Bréfritari: Sigríður Pálsdóttir
Viðtakandi: Páll Pálsson
Dagsetning: A-1869-08-04
Skrifað á: Breiðabólsstað  Rang.
Páll var bróðir Sigríðar

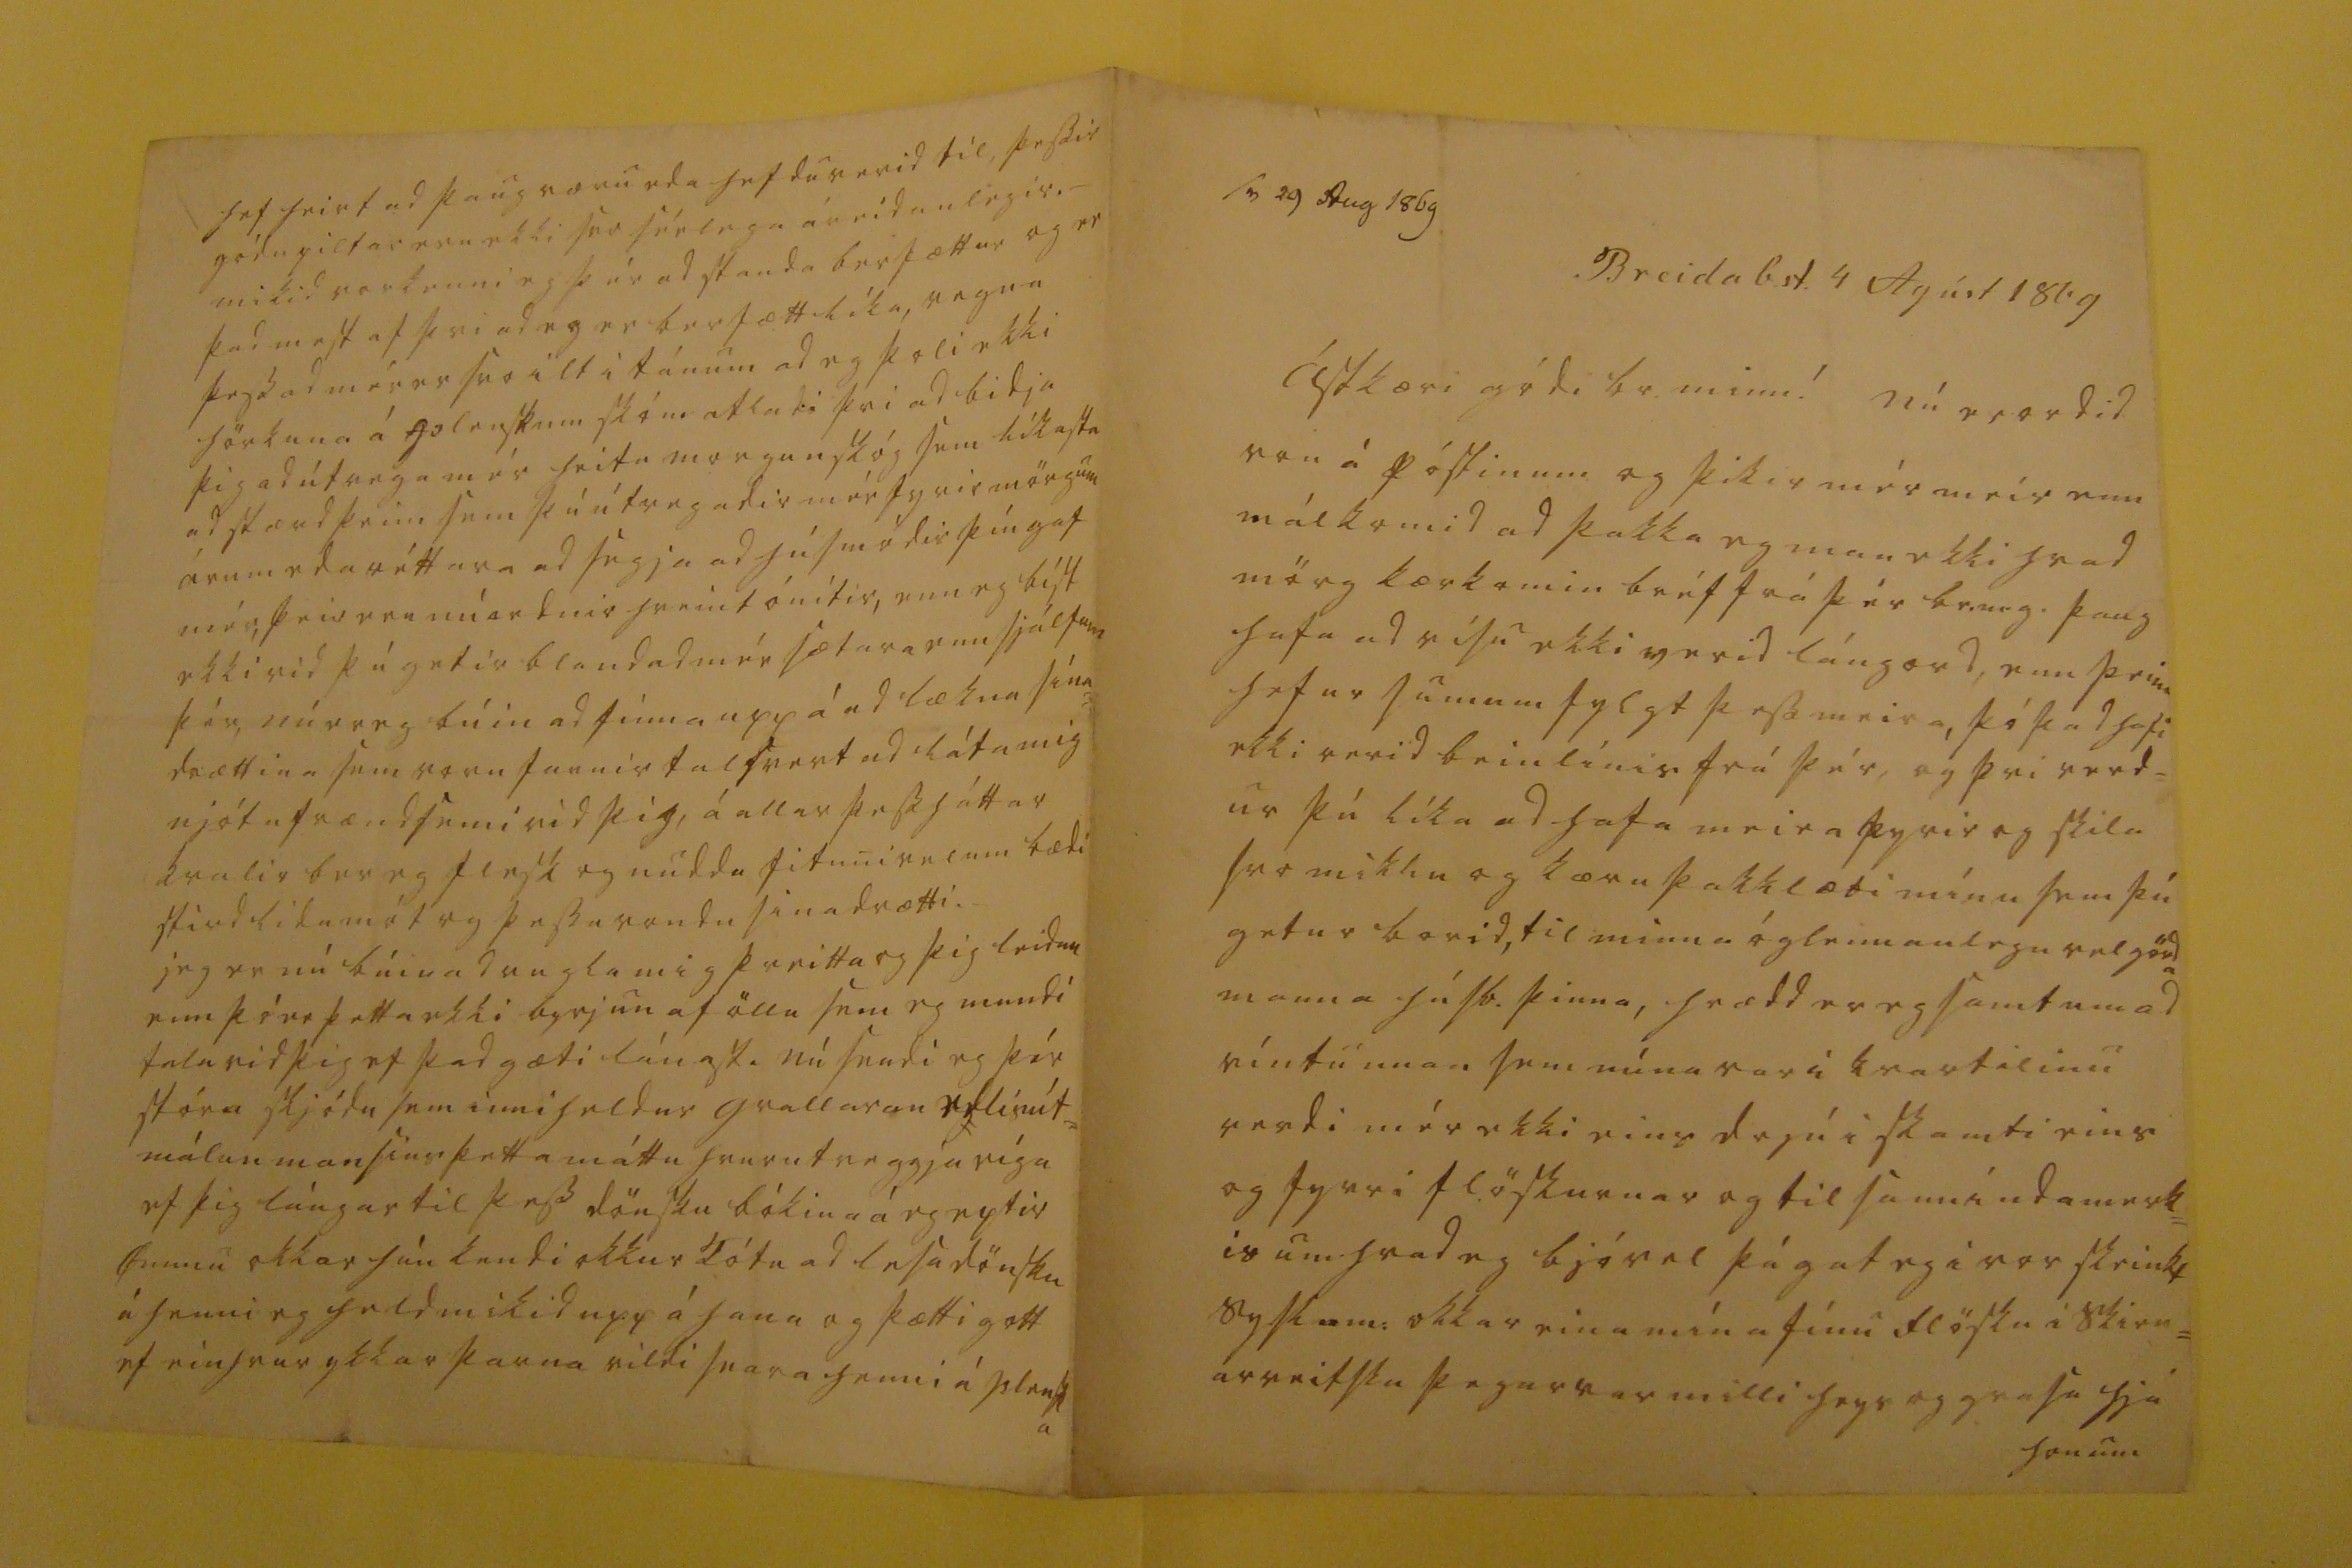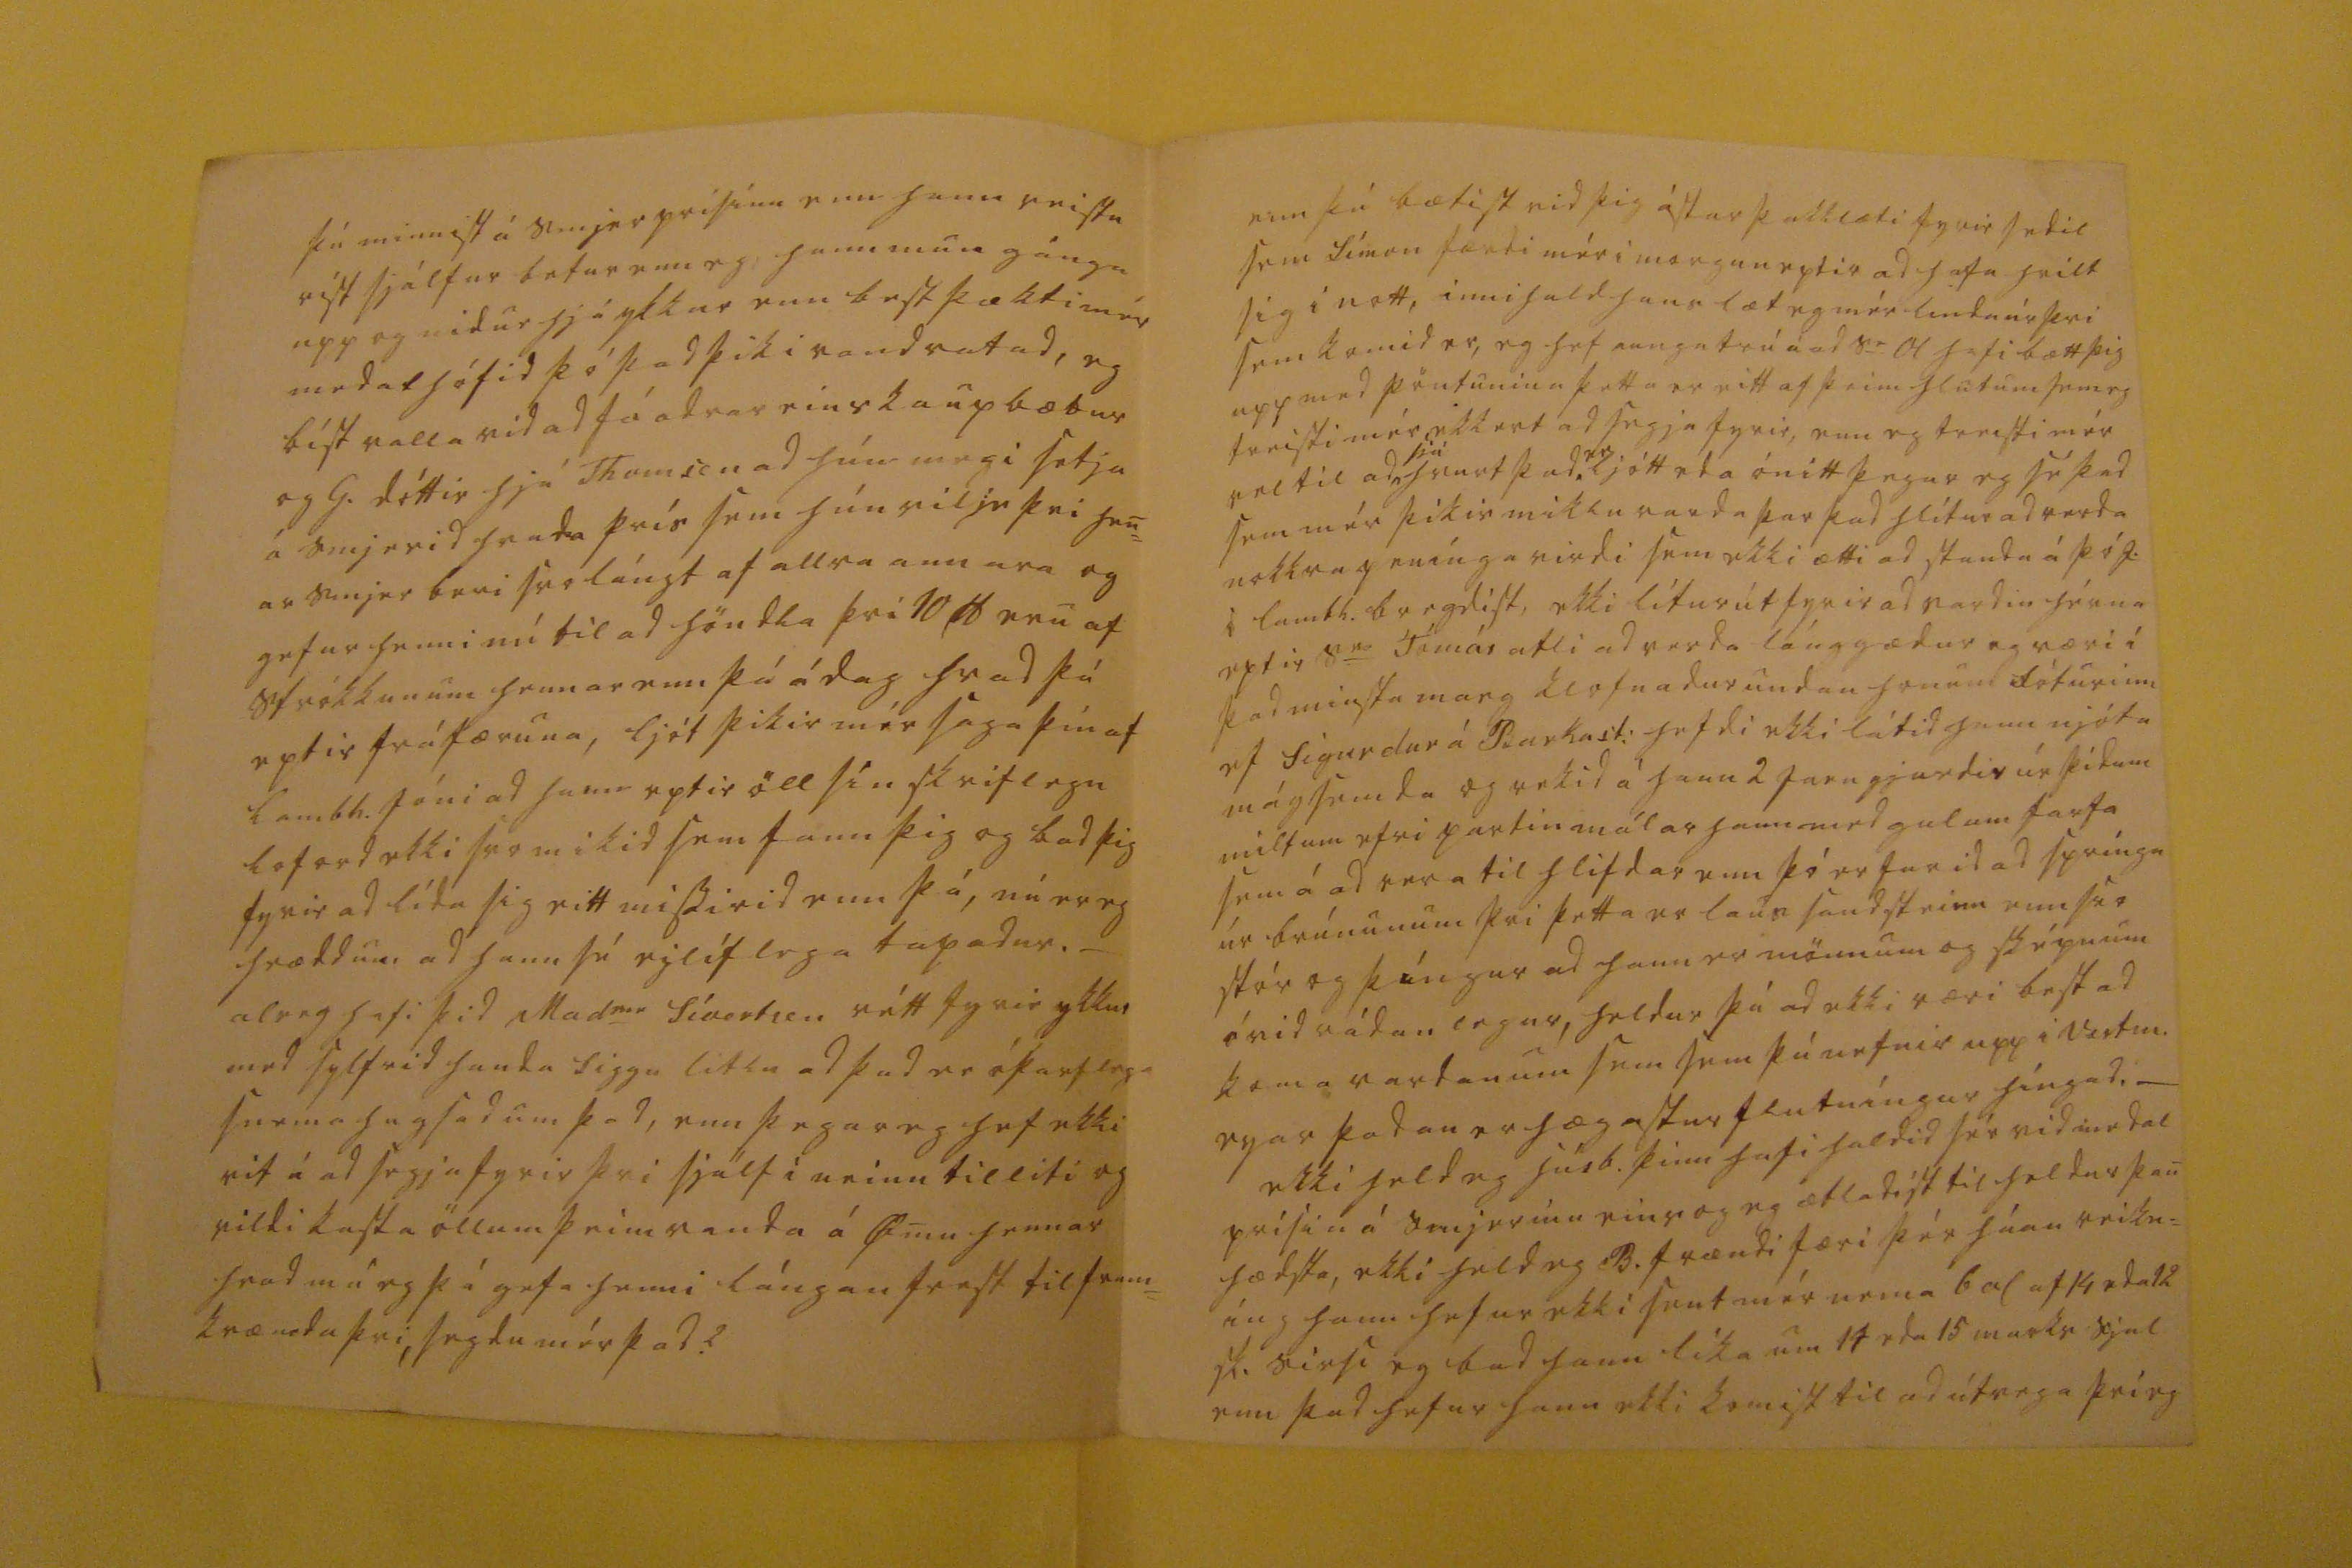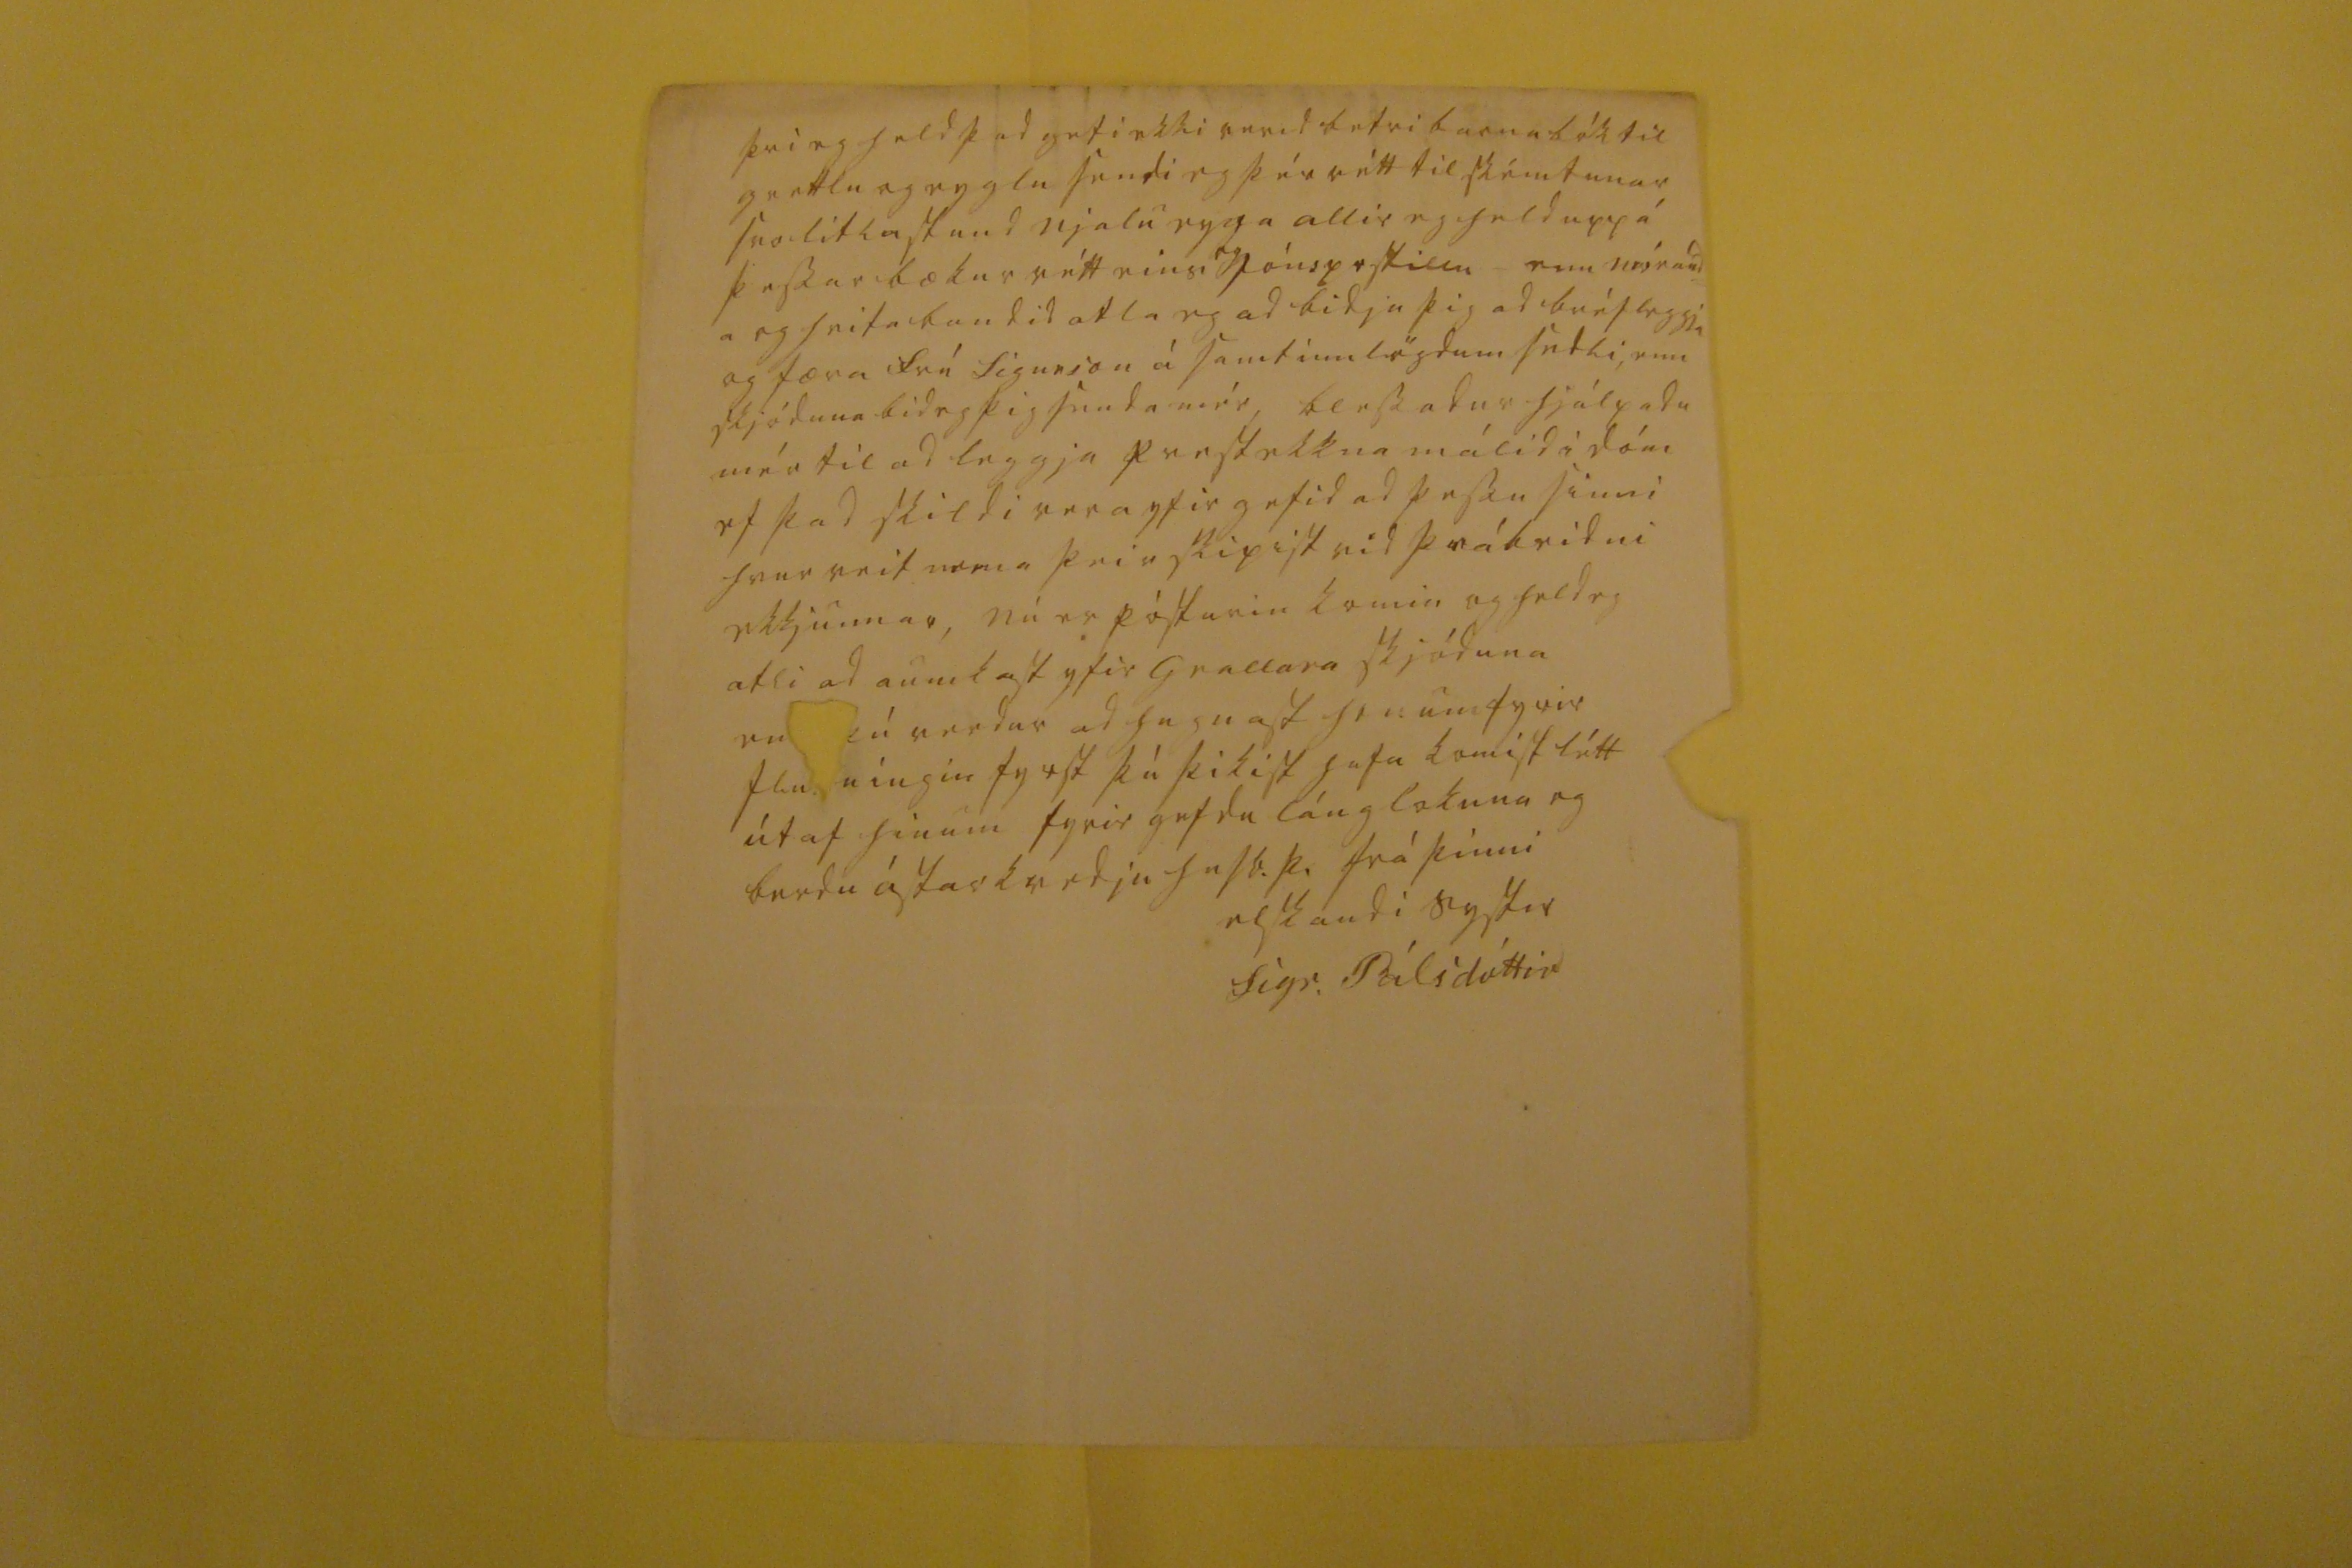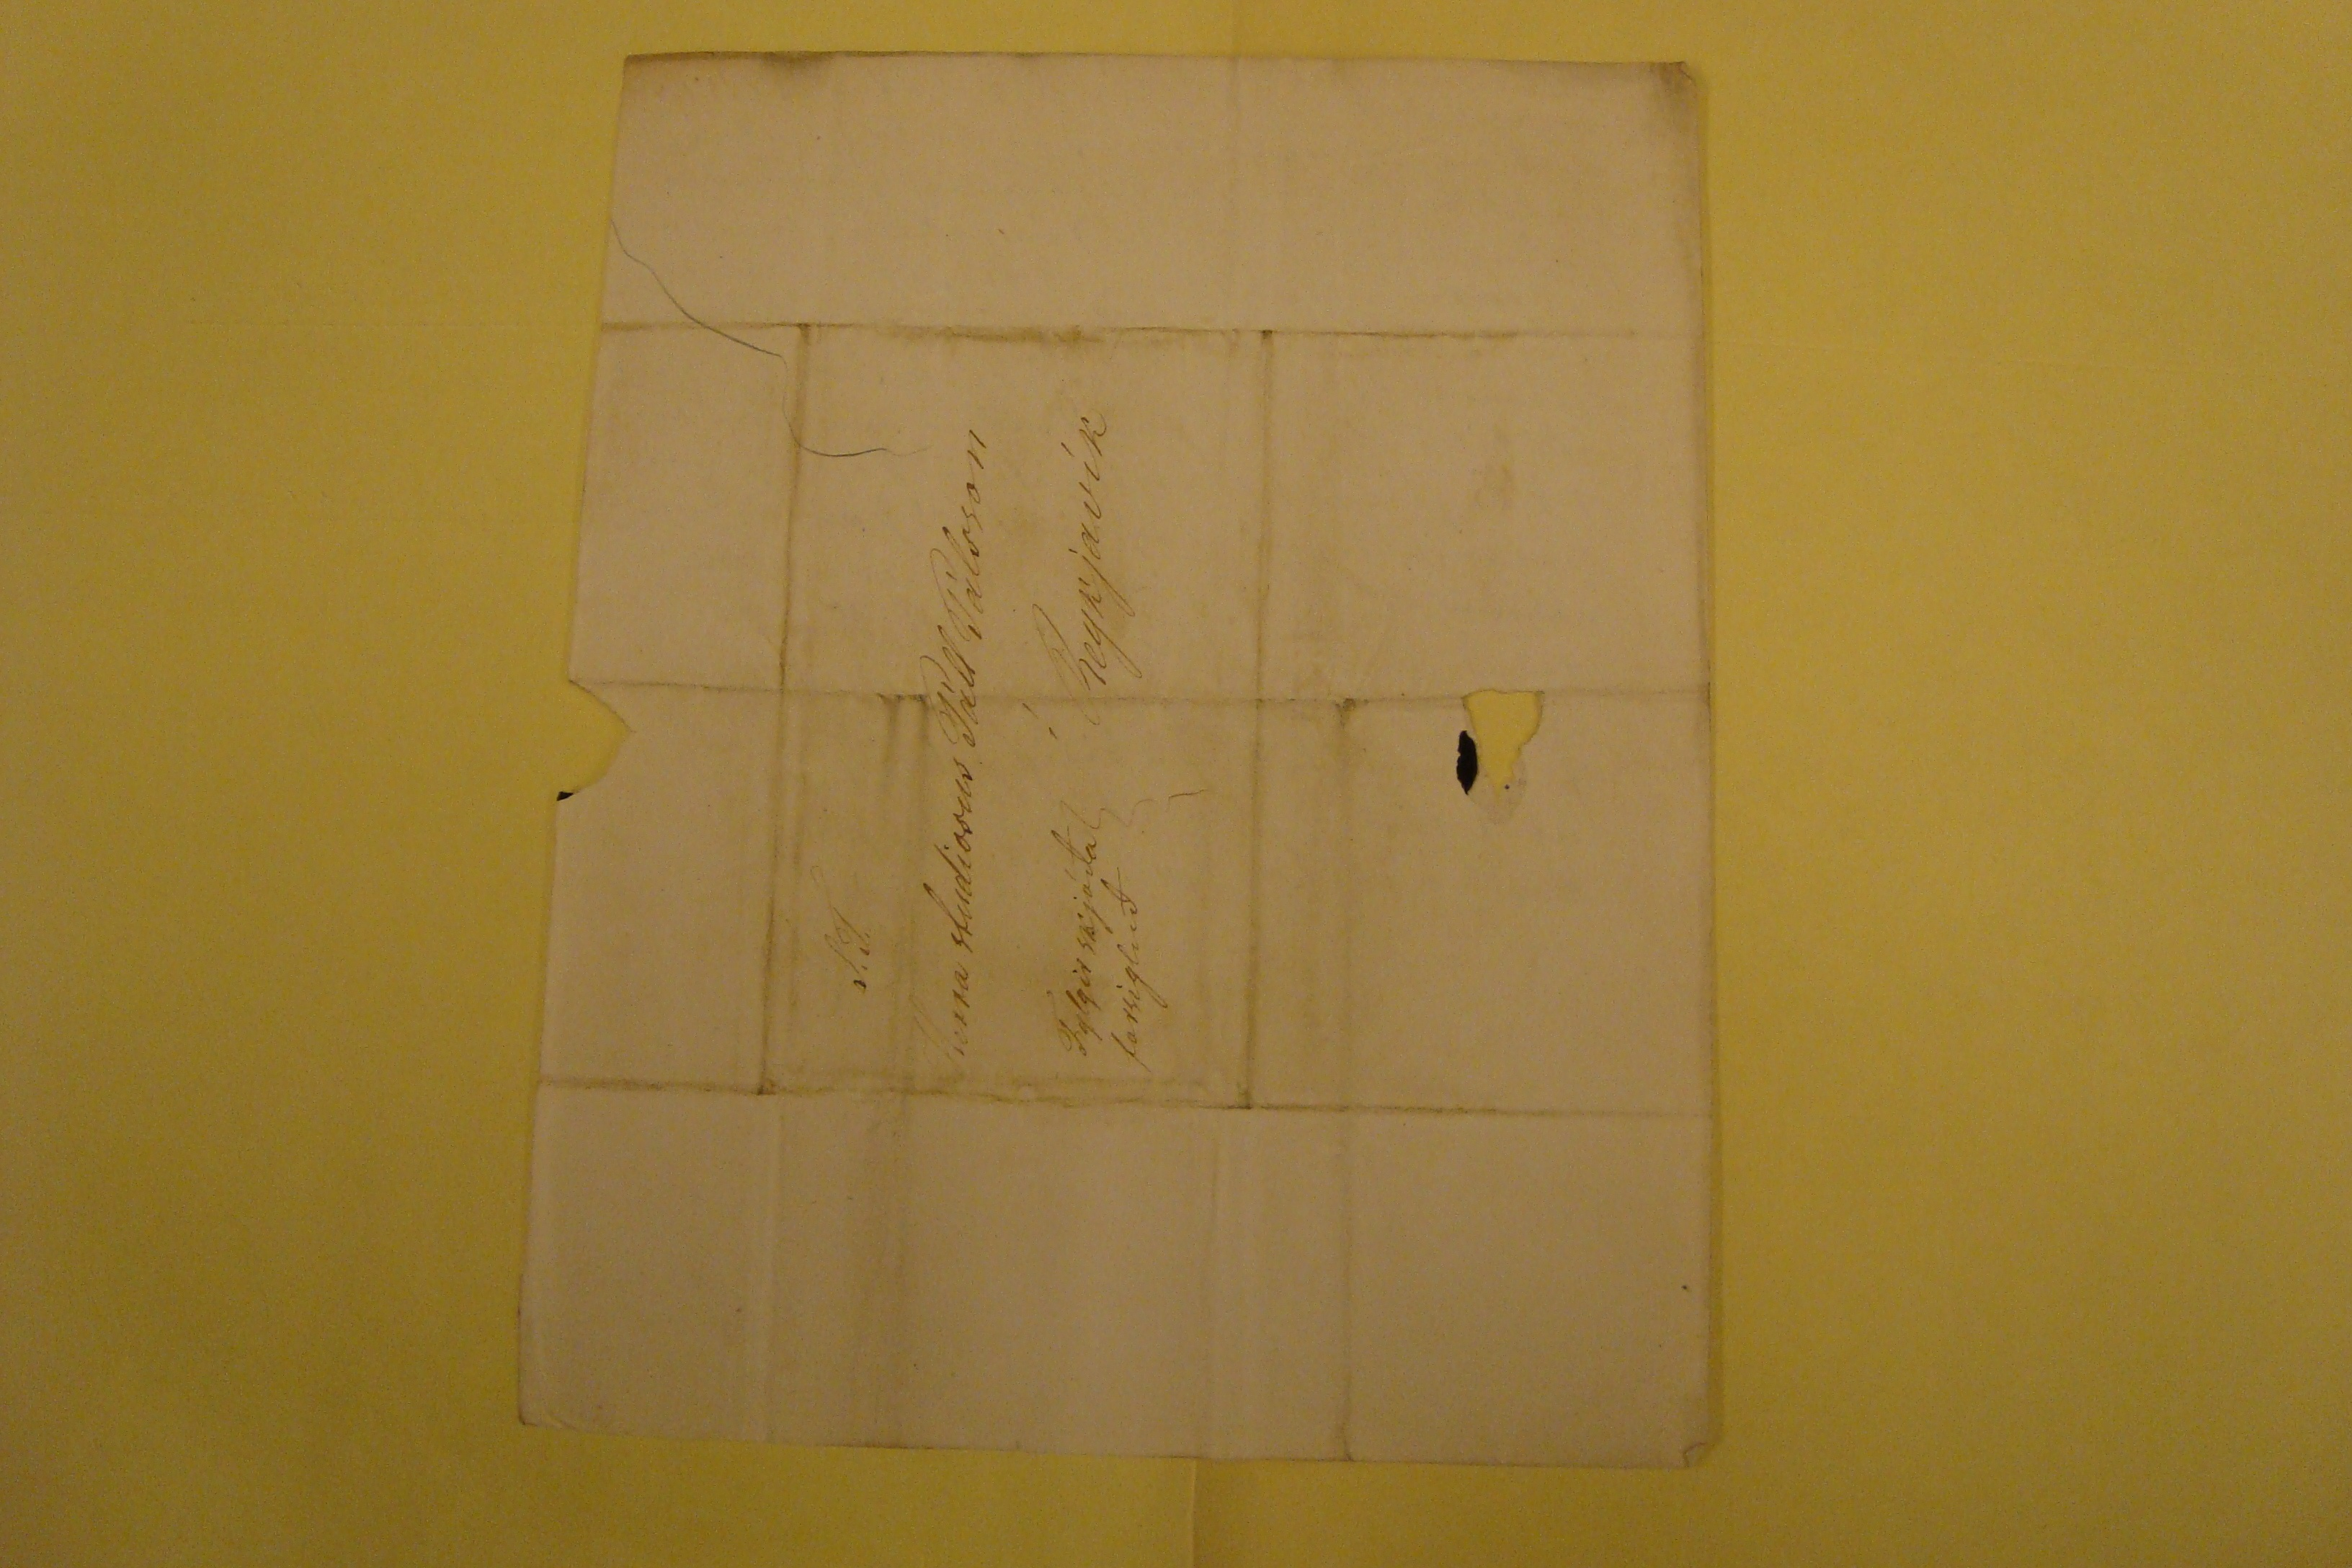

sv 29 Aug 1869
Breidab.st 4 Agúst 1869
ástkæri gódi br. minn!
Nú er ordid von á póstinum og þikir mér meir enn mál komid ad þakka eg man ekki hvad mörg kærkomin bréf frá þér br.m.g. þaug hafa ad vísu ekki verid lángord, enn þeim hefur sumum fylgt þess meira, þó þad hafi ekki verid beinlínis frá þér, og þvi verd= ur þú líka ad hafa meira fyrir og skila svo miklu og kæru þakklæti mínu sem þú getur borid, til minna ógleimanlegu velgörda manna húsb. þinna, hrædd er eg samt um ad víntunnan sem núna var i kvartilinu verdi mér ekki eins drjú i skamti eins og fyrr i flöskurnar og til sannindamerk= is um hvad eg bjó vel þág af eg i vor sleinkt syslum: okkar eina mína fínu flösku i
skien=
ar veitslu þegar var milli heys og grufu hjá honum
þú minnist á smjerprisinn enn hann veistu víst sjálfur betur enn eg hann mun gánga upp og nidur hjá ykkur enn best þækti mér medalhófid þó þad þikir vandratad, eg bíst valla vid ad fá adrar eins kaupbætur og G. dóttir hjá Thomsen ad hún megi setja á smjerid hvada prís sem hún vilje þvi hen= ar smjer beri svo lángt af allra annara og gefur henni nú til ad höndla þvi 10 lb eru af strókkunum hennar enn þá á dag hvad þá eptir fráfæruna, ljót þikir mér saga þín af lambh. Jóni ad hann eptir öll sín skriflegu loford ekki svo mikid sem fann þig og bad þig fyrir ad lída sig eitt missirid enn þá, nú er eg hrædd um ad hann sé elíflega tapadur. _ alveg hafi þid Mad
me
Sívertsen rétt fyrir ykkur med sylfrid handa Siggu litlu ad þad er óþarflega snema hugsad um þad, enn þegar eg hef ekki vit á ad segja fyrir þvi sjálf i neinu tilliti og vildi kasta öllum þeim vanda á
O
mu hennar hvad má eg þá gefa henni lángan frest til fram= kvæmda þvi, segdu mér þad?
enn þá bætist vid þig ástarþakklæti fyrir sedil sem Símon færdi mér i morgun eptir ad hafa hvilt sig i nott, innihald hans læt eg mér linda úr þvi sem komid er, eg hef aunga trú á ad S
e
Ol hafi bætt þig upp med pöntunina þetta er eitt af þeim hlutum sem eg treisti mér, ekkert ad segja fyrir, enn eg treisti mér vel til ad
sjá
hvurt þad
er
ljótt eda ónitt þegar eg sé þad sem mér þikir miklu varda þar þad hlítur ad verda nokkra penínga virdi sem ekki ætti ad standa á þó J. i Lambh. bregdist, ekki lítur út fyrir ad vardin hérna eptir S
ra
Tómás atli ad verda lánggædur og væri í þad minsta marg klofnadur undan honum fóturinn ef Sigurdur á Parkast: hefdi ekki látid hann njóta mágsemda og rekid á hann 2 jarngjardir úr þídum miltum efri partin málar hann med gulum farfa sem á ad vera til hlifdar enn þó er farid ad sprínga úr brúnunum þvi þetta er laus sandsteinn enn svo stór og þúngur ad hann er mönnum og sképnum óvidrádanlegur, heldur þá ad ekki væri best ad koma vardanum sem sem þú nefnir upp i Vestm. eyar þadan er hægastur flutníngur híngad._ ekki held eg húsb. þinn hafi haldid sér vid medal prísin á smjerinu eins og eg ætladist til heldur þan hædsta, ekki held eg B. frændi færi þér háan reikn= íng hann hefur ekki sent mér nema 6 al af 14 eda 12 sk.
sirsi
eg bad hann líka um 19 eda 15 marks sjal enn þad hefur hann ekki komist til ad útvega þvi eg
hef heirt ad þaug væru eda hefdu verid til, þessir gódu piltar eru ekki svo sérlega áreidanlegir._ mikid vorkenni eg þér ad standa berfættur og er þad mest af þvi ad eg er berfætt líka, vegna þess ad mér er svo ilt i tánum ad eg þoli ekki hörkuna á Islenskum skóm atladi þvi ad bidja þig ad útvega mér heita morgunskóg sem líkasta ad stærd þeim sem þú útvegadir mér fyrir mörgum árum eda réttara ad segja ad húsmódir þín gaf mér, þeir eru nú ordnir hreint ónítir, enn eg bíst ekki vid þú getir blandad mér sætara enn sjálfum þér, nú er eg búin ad finna upp á ad lækna sína= drættina sem voru farnir talsvert ad láta mig njóta frændsemi vid þig, á allar þess háttar kvalir ber eg flesk og nudda fituni vel um bædi stid lidamót og þessa vondu sinadrætti._ jeg er nú búin ad rugla mig þreitta og þig leidan enn þó er þetta ekki byrjun af öllu sem eg mundi tala vid þig ef þad gæti lánast. nú sendi eg þér stóra skjódu sem inniheldur grallaran
edli0út= málun
mansins þetta máttu hvurutveggja eíga ef þig lángar til þess dönsku bókina á eg eptir Ommu okkar hún kendi okkur Tótu ad lesa dönsku á henni eg held mikid upp á hana og þætti gott ef einhvur ykkar þarna vildi snara henni á Islensku
þvi eg held þad geti ekki verid betri barnabók til grettlu og eyglu sendi eg þér rétt til skémtunar svo litla stund njalu eyga allir eg held upp á þessar bækur rétt eins
og
Jónspostillu enn móraud= a og hvita bandid atla eg ad bidja þig ad brésleggja og færa frú Sigurson ásamt innlögdum sedli, enn skjóduna bid eg þig senda mér, blessadur hjálpadu mér til ad leggja prestekkna málid í dóm ef þad skildi vera yfir gefid ad þessu sinni hvur veit nema þeir skipist vid þrábeidni ekkjunnar, nú er pósturin kokmin og held eg atli ad aumkast yfir Grallara skjóduna enn þú verdur ad hugnast honum fyrir flutníngin fyrst þú þikist hafa komist létt út af hinum fyrir gefdu lánglokuna og berdu ástar kvedju husb. þ. frá þinni
elskandi systir
Sigr. Pálsdóttir
S.T. Herra studiosus Páll Pálsson í Reykjavík Fylgir skjóda forsiglud